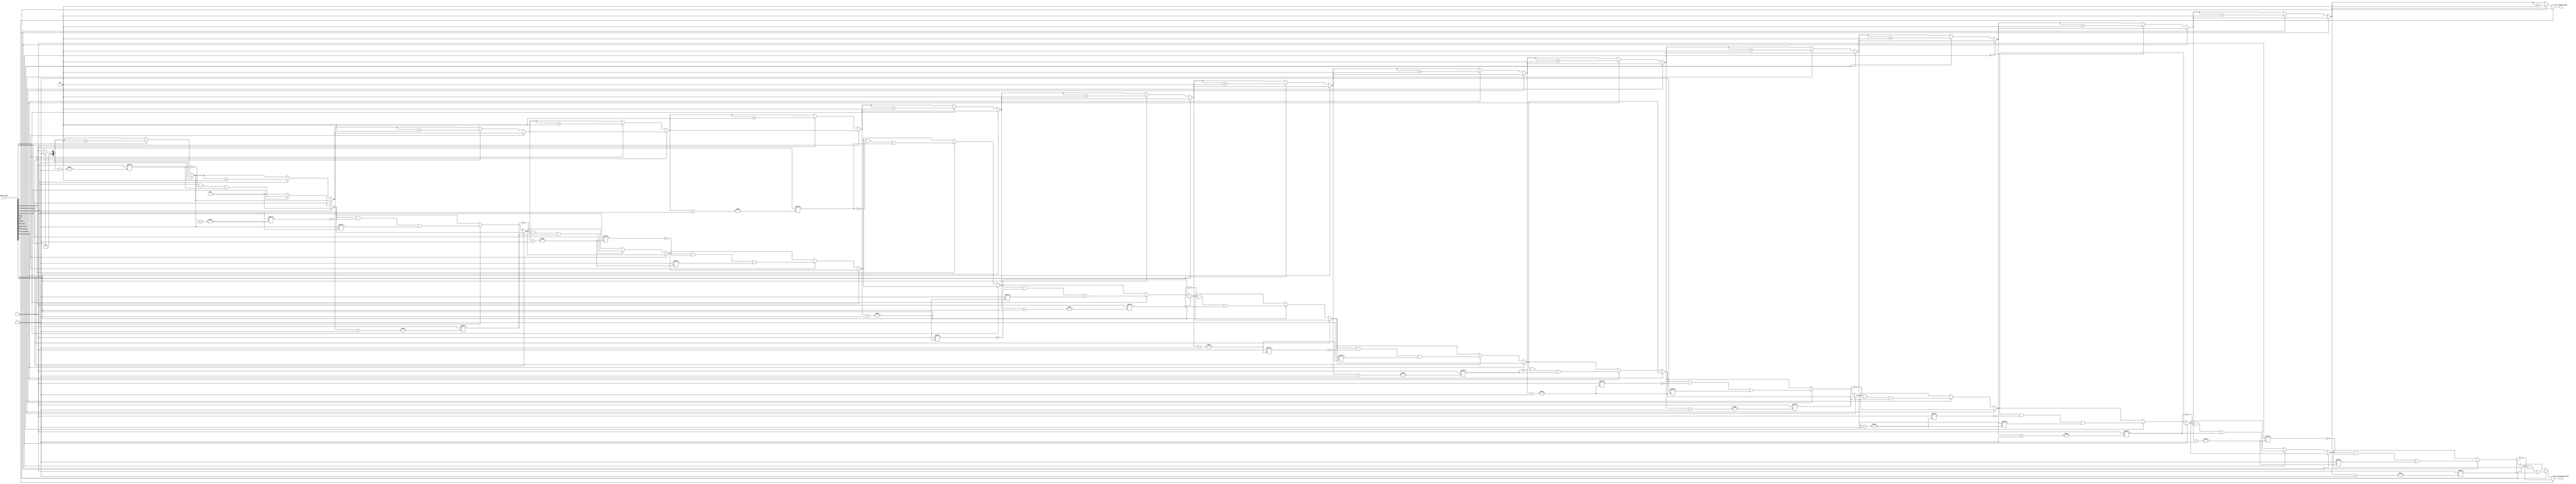
module zero_grouping (
    input wire [N-1:0] binary_input,  // N-bit binary input vector
    output reg [31:0] zero_group_count, // Count of zero groups (32 bits to accommodate possible values)
    output reg [N-1:0] zero_group_positions // Positions vector for zero groups
);
    parameter N = 16; // Define the size of the input vector (can be changed as needed)
    
    integer i;
    integer count;
    integer pos_index;

    always @(*) begin
        // Initialize outputs
        zero_group_count = 0;
        zero_group_positions = 0;

        // Initialize count and position index
        count = 0;
        pos_index = 0;

        // Traverse the input vector
        for (i = 0; i < N; i = i + 1) begin
            // Check for the start of a new group of zeros
            if (binary_input[i] == 0) begin
                // If it's the first bit or the previous bit was a '1', it's a new group
                if (i == 0 || binary_input[i - 1] == 1) begin
                    count = count + 1; // Increment the zero group count
                    zero_group_positions[pos_index] = i; // Store the starting position
                    pos_index = pos_index + 1; // Move to next position index
                end
            end
        end

        // Assign the final count
        zero_group_count = count;
    end
endmodule